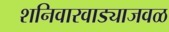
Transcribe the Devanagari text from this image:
शनिवारवाड्याजवळ